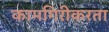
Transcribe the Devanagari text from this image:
कामगिरीकरता